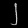
Digit: ၂